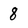
Character: 8